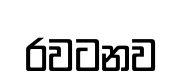
රවටනව